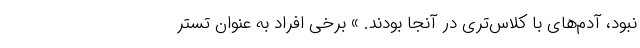
نبود، آدم‌های با کلاس‌تری در آنجا بودند. » برخی افراد به عنوان تستر